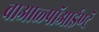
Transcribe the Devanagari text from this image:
बाआळ्पॉआईण्टॅ